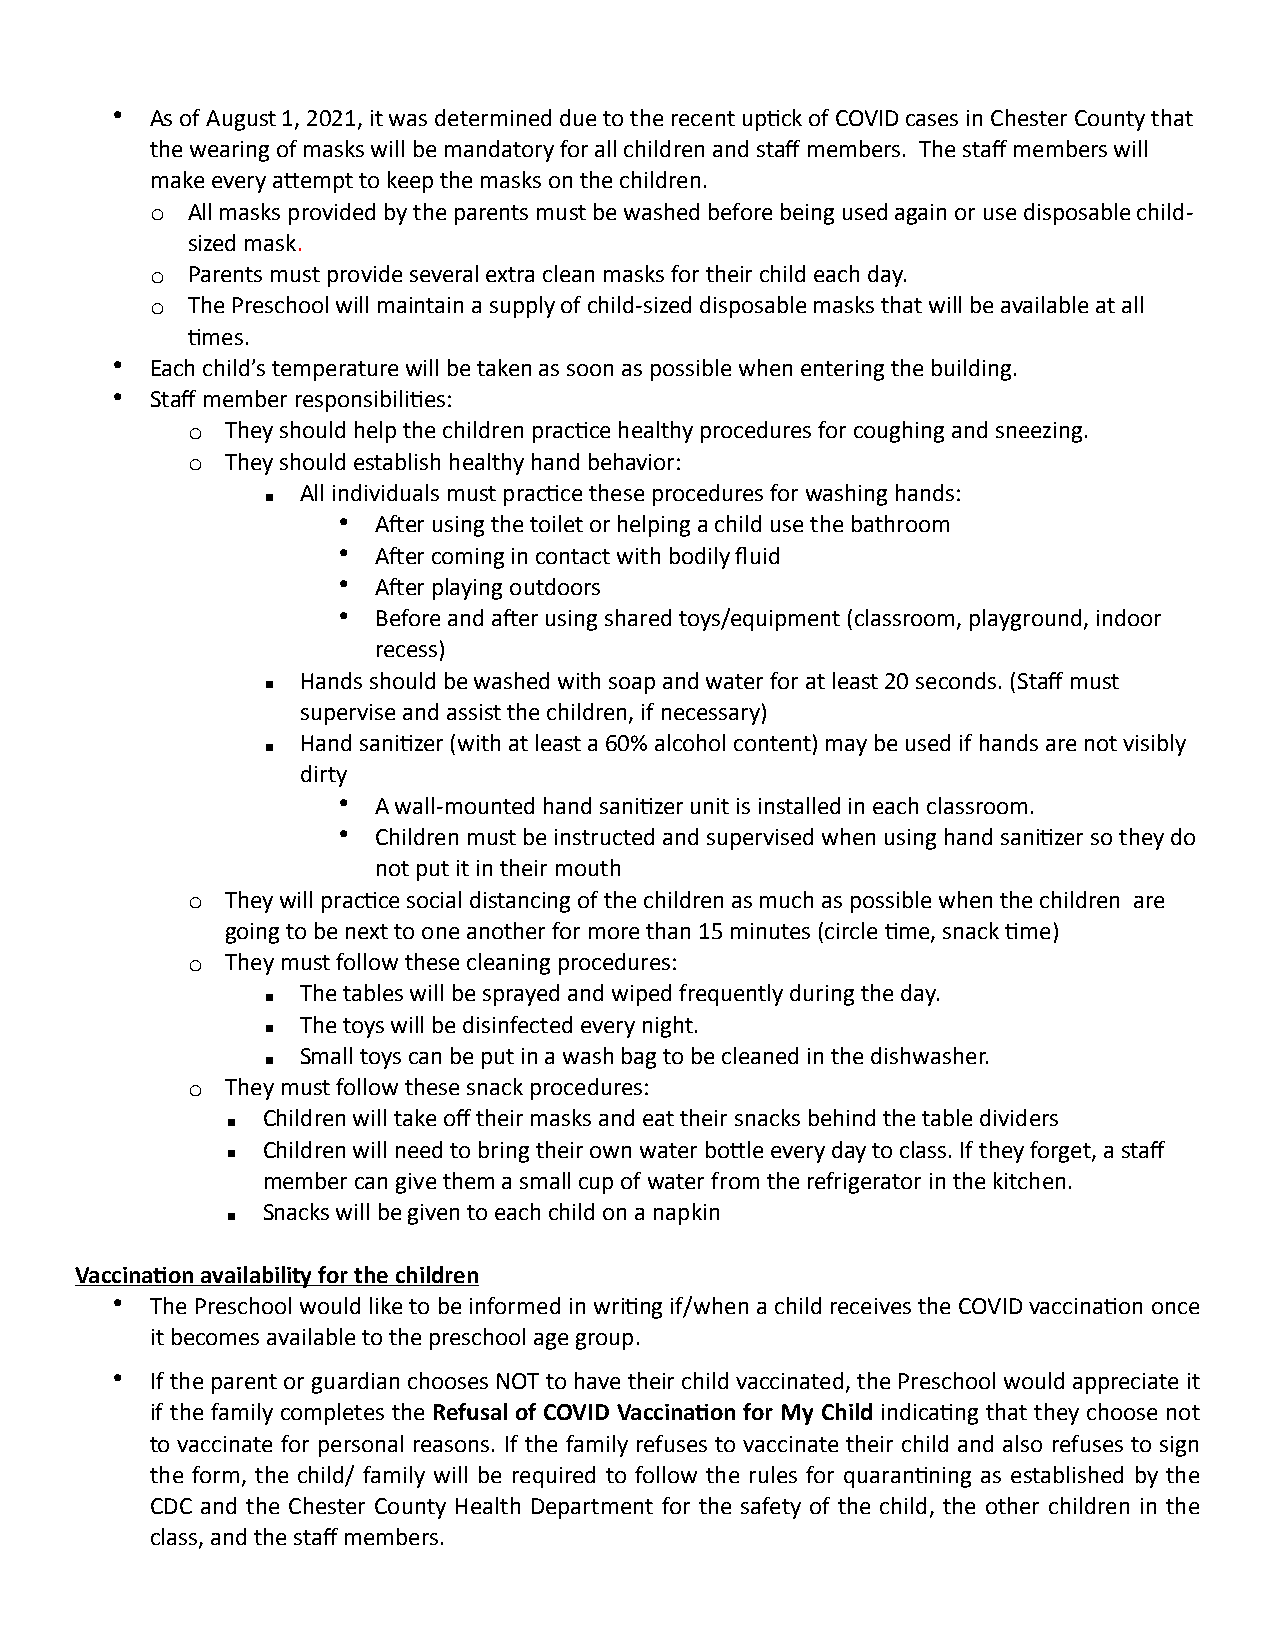
•  As of August 1, 2021, it was determined due to the recent up?ck of COVID cases in Chester County that
 the wearing of masks will be mandatory for all children and staff members. The staff members will
 make every aMempt to keep the masks on the children.
 o All masks provided by the parents must be washed before being used again or use disposable child-
 sized mask.
 o Parents must provide several extra clean masks for their child each day.
 o The Preschool will maintain a supply of child-sized disposable masks that will be available at all
 ?mes.
 •  Each child’s temperature will be taken as soon as possible when entering the building.
 •  Staff member responsibili?es:
 o  They should help the children prac?ce healthy procedures for coughing and sneezing.
 o  They should establish healthy hand behavior:
 ▪  All individuals must prac?ce these procedures for washing hands:
 •  AYer using the toilet or helping a child use the bathroom
 •  AYer coming in contact with bodily fluid
 •  AYer playing outdoors
 •  Before and aYer using shared toys/equipment (classroom, playground, indoor
 recess)
 ▪  Hands should be washed with soap and water for at least 20 seconds. (Staff must
 supervise and assist the children, if necessary)
 ▪  Hand sani?zer (with at least a 60% alcohol content) may be used if hands are not visibly
 dirty
 •  A wall-mounted hand sani?zer unit is installed in each classroom.
 •  Children must be instructed and supervised when using hand sani?zer so they do
 not put it in their mouth
 o  They will prac?ce social distancing of the children as much as possible when the children are
 going to be next to one another for more than 15 minutes (circle ?me, snack ?me)
 o  They must follow these cleaning procedures:
 ▪  The tables will be sprayed and wiped frequently during the day.
 ▪  The toys will be disinfected every night.
 ▪  Small toys can be put in a wash bag to be cleaned in the dishwasher.
 o  They must follow these snack procedures:
 ▪ Children will take off their masks and eat their snacks behind the table dividers
 ▪ Children will need to bring their own water boMle every day to class. If they forget, a staff
 member can give them a small cup of water from the refrigerator in the kitchen.
 ▪ Snacks will be given to each child on a napkin
 VaccinaEon availability for the children
 •  The Preschool would like to be informed in wri?ng if/when a child receives the COVID vaccina?on once
 it becomes available to the preschool age group.
 •  If the parent or guardian chooses NOT to have their child vaccinated, the Preschool would appreciate it
 if the family completes the Refusal of COVID VaccinaEon for My Child indica?ng that they choose not
 to vaccinate for personal reasons. If the family refuses to vaccinate their child and also refuses to sign
 the form, the child/ family will be required to follow the rules for quaran?ning as established by the
 CDC and the Chester County Health Department for the safety of the child, the other children in the
 class, and the staff members.